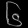
Digit: ၆